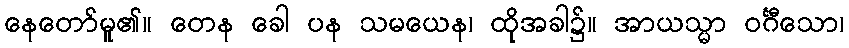
နေတော်မူ၏။ တေန ခေါ ပန သမယေန၊ ထိုအခါ၌။ အာယသ္မာ ဝင်္ဂီသော၊